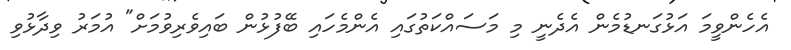
އެހެންވީމަ އަޅުގަނޑުމެން އެދެނީ މި މަސައްކަތުގައި އެންމެހައި ބޭފުޅުން ބައިވެރިވުމަށް" އުމަރު ވިދާޅުވި